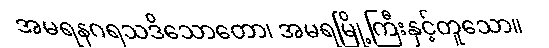
အမရနဂရသဒိသောတော၊ အမရမြို့ကြီးနှင့်တူသော။